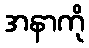
အနာကို